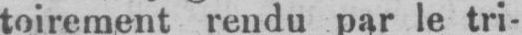
toirement rendu par le tri-